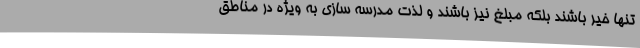
تنها خیر باشند بلکه مبلغ نیز باشند و لذت مدرسه سازی به ویژه در مناطق